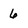
Character: 6